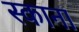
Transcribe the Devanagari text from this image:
स्काना